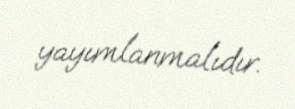
yayımlanmalıdır.